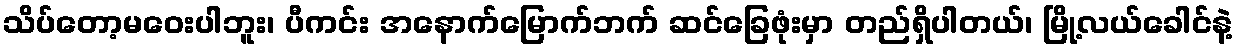
သိပ်တော့မဝေးပါဘူး၊ ပီကင်း အနောက်မြောက်ဘက် ဆင်ခြေဖုံးမှာ တည်ရှိပါတယ်၊ မြို့လယ်ခေါင်နဲ့